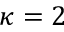
\kappa = 2